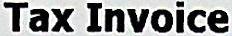
TAX INVOICE